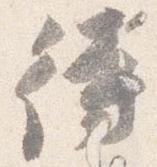
待